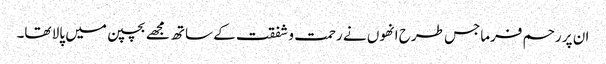
ان پر رحم فرماجس طرح انھوں نے رحمت و شفقت کے ساتھ مجھے بچپن میں پالا تھا۔